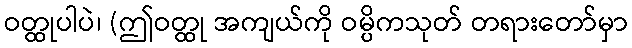
ဝတ္ထုပါပဲ၊ (ဤဝတ္ထု အကျယ်ကို ဝမ္ပိကသုတ် တရားတော်မှာ